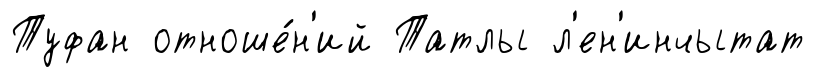
Туфан отноше́н'ий Татлы л'ен'инчытат